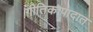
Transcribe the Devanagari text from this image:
गीतिकापादात